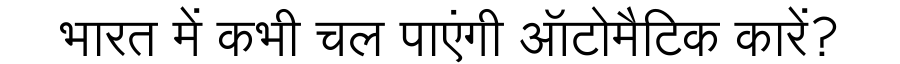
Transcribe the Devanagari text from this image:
भारत में कभी चल पाएंगी ऑटोमैटिक कारें?